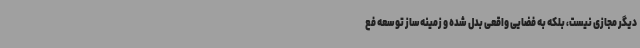
دیگر مجازی نیست، بلکه به فضایی واقعی بدل شده و زمینه‌ساز توسعه فع